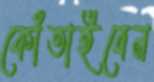
কোঁতাইবেন